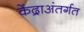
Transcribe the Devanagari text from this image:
केंद्राअंतर्गत